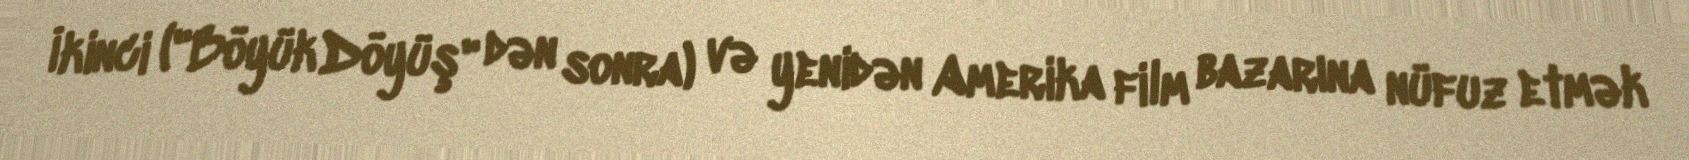
İkinci ("Böyük Döyüş" dən sonra) və yenidən Amerika film bazarına nüfuz etmək